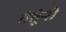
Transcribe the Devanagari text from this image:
तंतूंनी